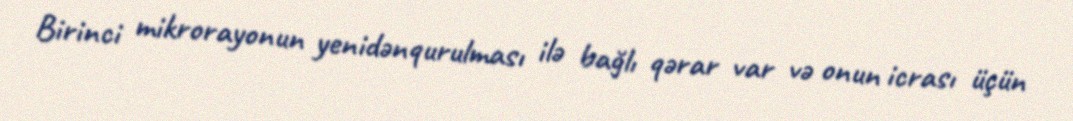
Birinci mikrorayonun yenidənqurulması ilə bağlı qərar var və onun icrası üçün